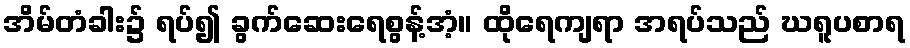
အိမ်တံခါး၌ ရပ်၍ ခွက်ဆေးရေစွန့်အံ့။ ထိုရေကျရာ အရပ်သည် ဃရူပစာရ